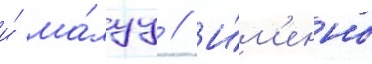
и́ ма́луу // И́м'енно